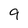
Character: 9